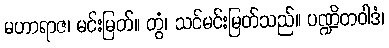
မဟာရာဇ၊ မင်းမြတ်။ တွံ၊ သင်မင်းမြတ်သည်။ ပဏ္ဍိတဝါဒံ၊